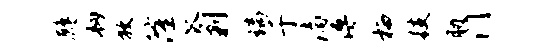
鹧韧放隆瓜剿璃于漓溥栖技胁门